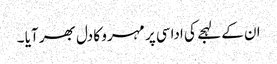
ان کے لہجے کی اداسی پر مہرو کا دل بھر آیا ۔